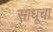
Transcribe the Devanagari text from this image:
साधूचा